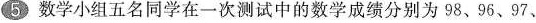
⑤ 数学小组五名同学在一次测试中的数学成绩分别为98、96、97、